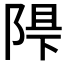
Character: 𲉓